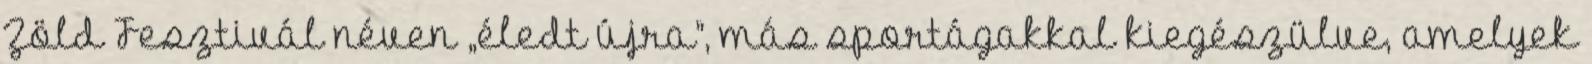
Zöld Fesztivál néven „éledt újra”, más sportágakkal kiegészülve, amelyek